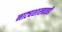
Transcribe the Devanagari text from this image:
नाट्यशास्त्रातही